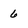
Character: 6